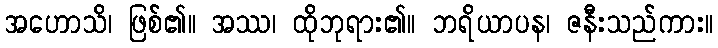
အဟောသိ၊ ဖြစ်၏။ အဿ၊ ထိုဘုရား၏။ ဘရိယာပန၊ ဇနီးသည်ကား။